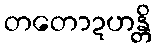
တတောဍဟန္တိ